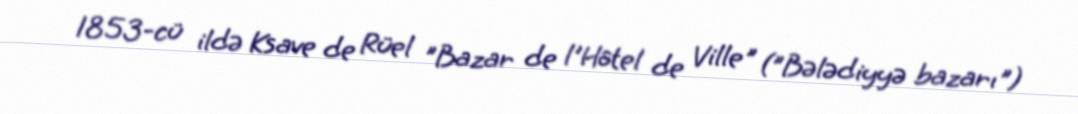
1853-cü ildə Ksave de Rüel "Bazar de l'Hôtel de Ville" ("Bələdiyyə bazarı")